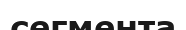
сегмента